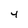
Character: 4